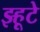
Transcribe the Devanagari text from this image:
झ्हूटे